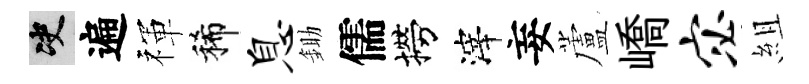
决遍禈稀息鋤儒撈滓妄蘆嶠宓組